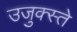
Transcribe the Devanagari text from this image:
उजुक्स्ते